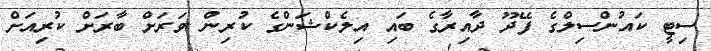
ސިޓީ ކައުންސިލްގެ ފޭދޫ ދާއިރާގެ ބައި އިލެކްޝަންގެ ކުރިން ވަރަށް ބާރަށް ކުރިއަށް